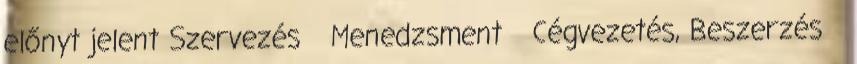
előnyt jelent Szervezés Menedzsment Cégvezetés, Beszerzés